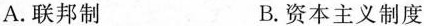
A.联邦制 B.资本主义制度